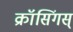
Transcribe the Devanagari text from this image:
क्रॉसिंगस्